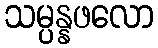
သမ္ပန္နဖလော